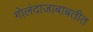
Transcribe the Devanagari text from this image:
गोलंदाजाबाबतीत